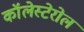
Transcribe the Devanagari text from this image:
कॉलेस्टेरोल